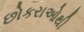
છોકરાઓથી